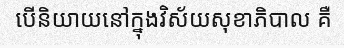
បើនិយាយនៅក្នុងវិស័យសុខាភិបាល គឺ